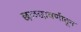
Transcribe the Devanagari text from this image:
छळछावणीतून